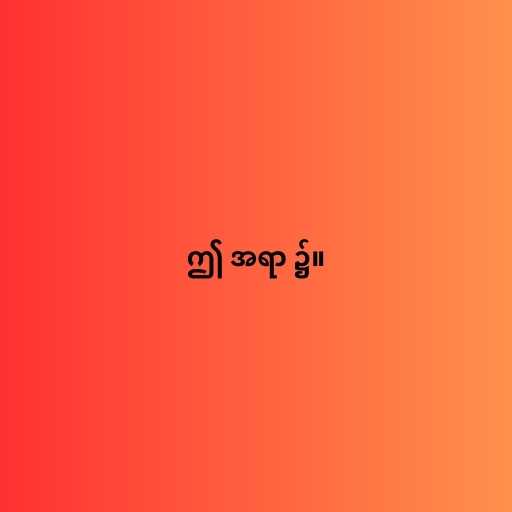
ဤ အရာ ၌။